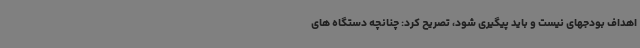
اهداف بودجهای نیست و باید پیگیری شود، تصریح کرد: چنانچه دستگاه های